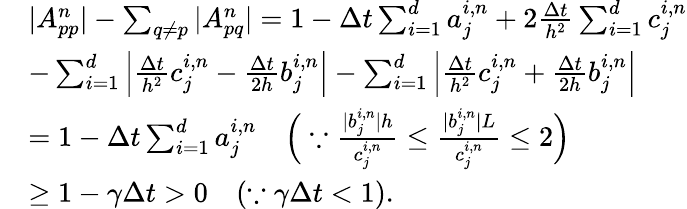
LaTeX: \begin{array}{rl}&{|A_{pp}^{n}|-\sum_{q\neq p}|A_{pq}^{n}|=1-\Delta t\sum_{i=1}^{d}a_{j}^{i,n}+2\frac{\Delta t}{h^{2}}\sum_{i=1}^{d}c_{j}^{i,n}}\\ &{-\sum_{i=1}^{d}\Big|\frac{\Delta t}{h^{2}}c_{j}^{i,n}-\frac{\Delta t}{2h}b_{j}^{i,n}\Big|-\sum_{i=1}^{d}\Big|\frac{\Delta t}{h^{2}}c_{j}^{i,n}+\frac{\Delta t}{2h}b_{j}^{i,n}\Big|}\\ &{=1-\Delta t\sum_{i=1}^{d}a_{j}^{i,n}\quad\Big(\because\frac{|b_{j}^{i,n}|h}{c_{j}^{i,n}}\leq\frac{|b_{j}^{i,n}|L}{c_{j}^{i,n}}\leq 2\Big)}\\ &{\geq 1-\gamma\Delta t>0\quad(\because\gamma\Delta t<1).}\end{array}